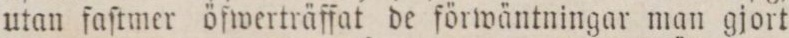
utan faſtmer öfwerträffat de förwäntningar man gjort